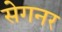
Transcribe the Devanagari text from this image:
सेगनर